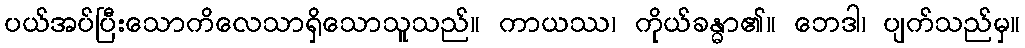
ပယ်အပ်ပြီးသောကိလေသာရှိသောသူသည်။ ကာယဿ၊ ကိုယ်ခန္ဓာ၏။ ဘေဒါ၊ ပျက်သည်မှ။